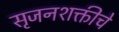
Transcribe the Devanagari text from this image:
सृजनशक्तीचे